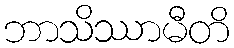
ဘာသိဿာမီတိ